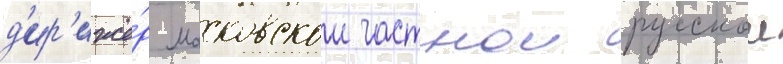
д'ир'ижё́р московскои частнои русскои